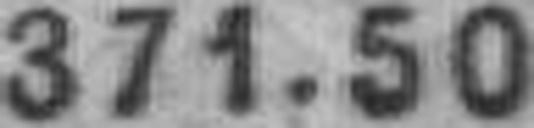
371.50